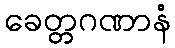
ခေတ္တဂဏာနံ